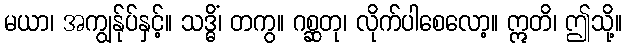
မယာ၊ အကျွန်ုပ်နှင့်။ သဒ္ဓိံ၊ တကွ။ ဂစ္ဆတု၊ လိုက်ပါစေလော့။ ဣတိ၊ ဤသို့။